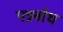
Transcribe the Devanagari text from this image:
पत्रबोध